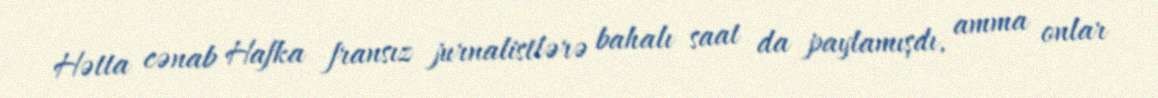
Hətta cənab Hafka fransız jurnalistlərə bahalı saat da paylamışdı, amma onlar